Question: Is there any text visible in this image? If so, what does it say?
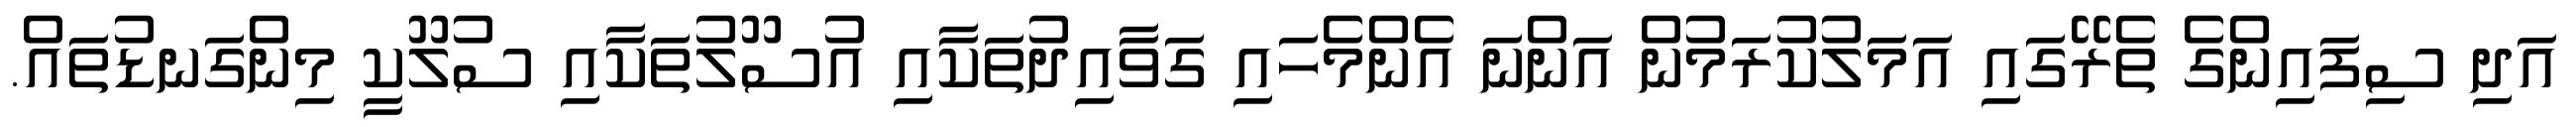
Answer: އަދި ސިފައިންގެ ތެރޭގައި އަމަލުކުރަމުން އަންނަ އެންމެހައި ގަވާއިދުތަކާއި އުސޫލުތަކާއި ސުލޫކީ މިންގަނޑުތައް.